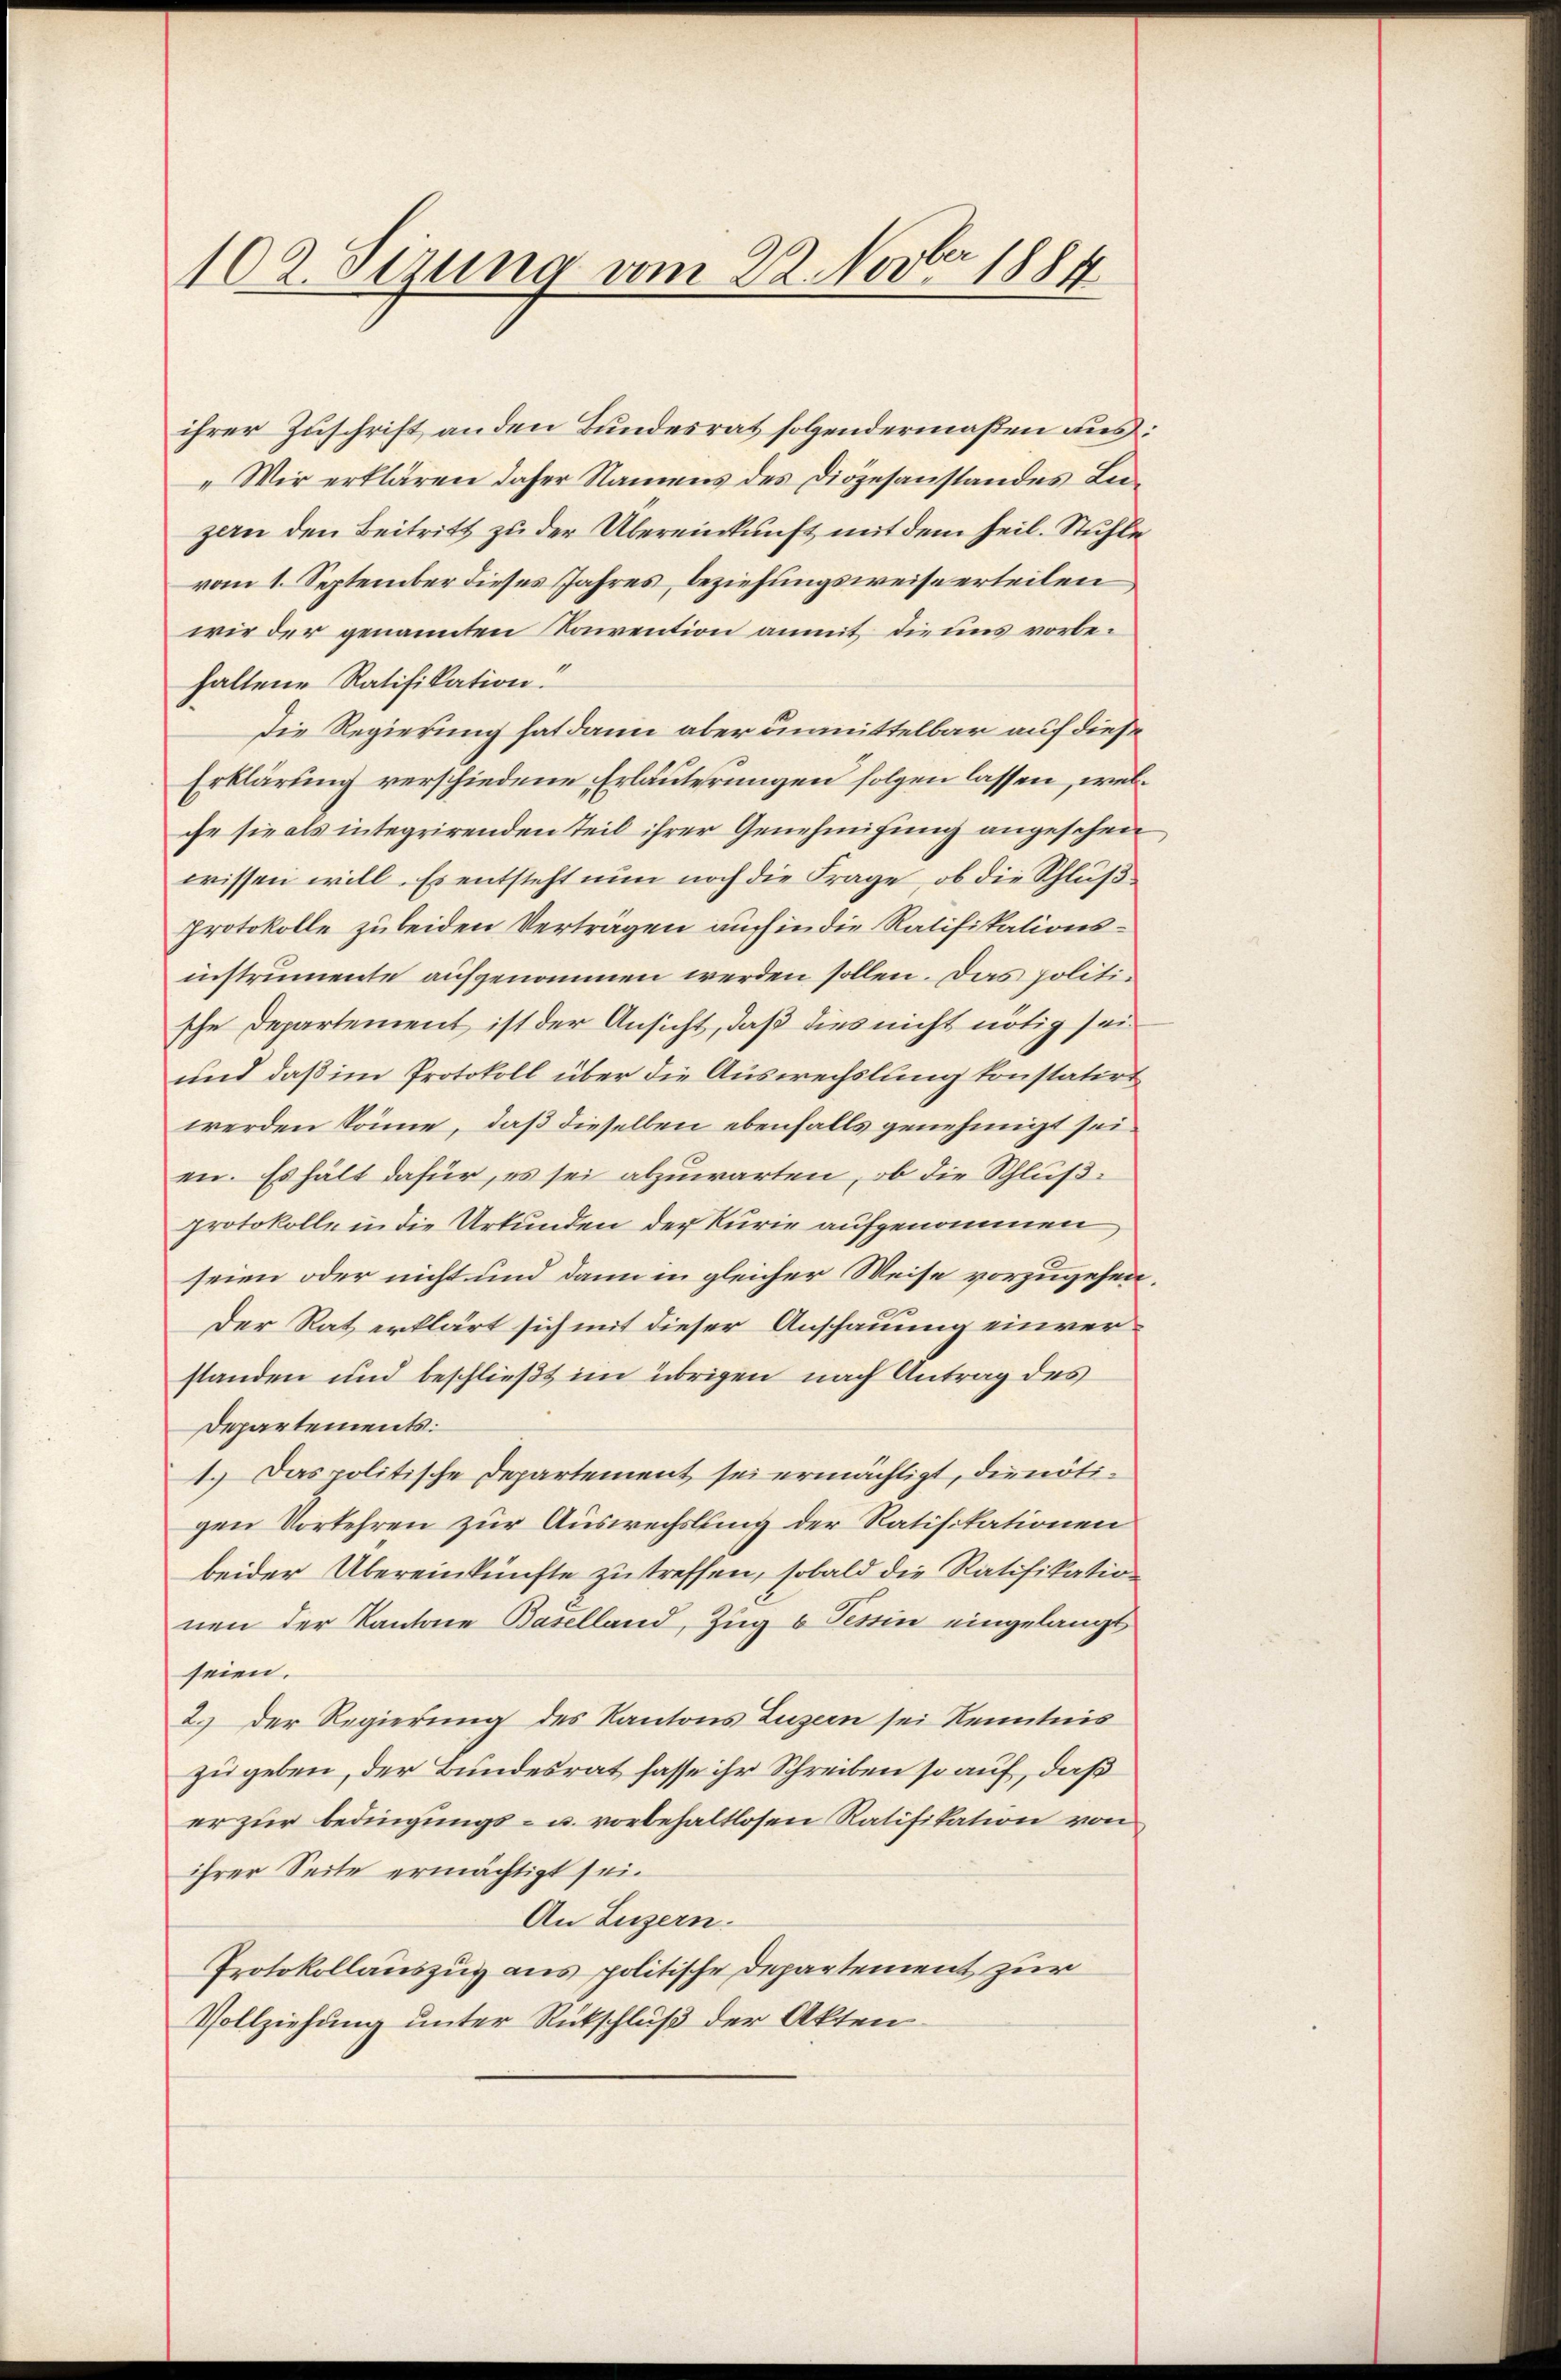
102. Sizung vom 22. Novber 1884

ihrer Zuschrift an den Bundesrat folgendermaßen aus.
„Wir erklären daher Namens des Diözesanstandes Leezern den Beitritt zu der Übereinkunft mit dem heil. Stuhle
vom 1. September dieses Jahres, beziehungsweise erteilen
wir der genannten Konvention anmit die uns vorbehaltene Ratifikation!
Die Regierung hat dann aber unmittelbar auf diese
Erklärung verschiedene Erläuterungen folgen lassen, welchr sie als integrirenden Teil ihrer Genehmigung angesehen
wissen will. Es entsteht nun noch die Frage, ob die Schluß
protokolle zu beiden Verträgen auch in die Ratifikationsinstrumente aufgenommen werden sollen. Das politische Departement ist der Ansicht, daß dies nicht nötig sei¬
und daß im Protokoll über die Auswechslung konstatirt
werden könne, daß dieselben ebenfalls genehmigt sei,
en. Es hält dafür, es sei abzuwarten, ob die Schlußprotokolle in die Urkunden der Kurie aufgenommen
seien oder nicht und dann in gleicher Weise vorzugehen,
u
Der Rat erklärt sich mit dieser Anschauung einverstanden und beschließt im übrigen nach Antrag des
Departements
1.) Das politische Departement sei ermächtigt, die nötigen Vorkehren zur Auswechslung der Ratifikationen
beider Übereinkünfte zu treffen, sobald die Ratifikation
nen der Kantone Baselland, Zug 6 Tessin eingelangt
seien.
2.) Der Regierung des Kantons Luzern sei Kenntnis
zu geben, der Bundesrat fasse ihr Schreiben so auf, daß
er zur Bedingungs- u. vorbehaltlosen Ratifikation von
ihrer Seite ermächtigt sei.
An Luzern.
Protokollauszug aus politische Departement zur
Vollziehung unter Rückschluß der Akten

.